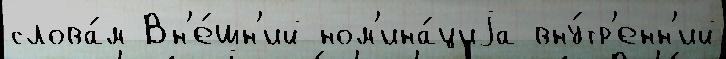
слова́м Вн'е́шн'ий ном'ина́циjа вну́тр'енн'ий